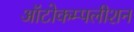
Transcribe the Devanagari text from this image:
ऑटोकम्पलीशन